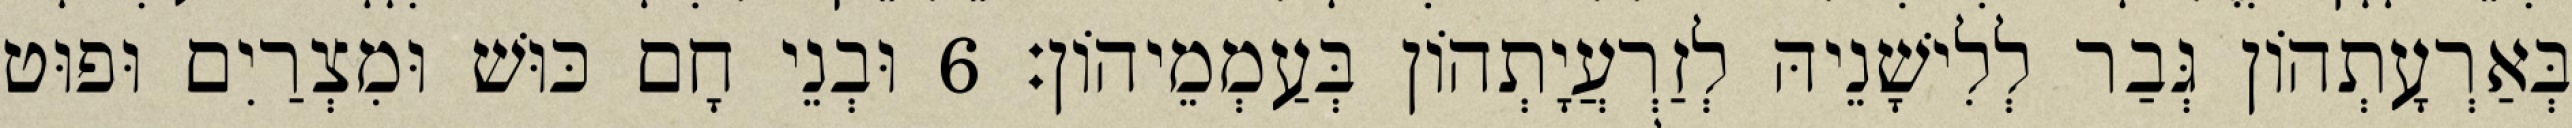
בְּאַרְעָתְהוֹן גְּבַר לְלִישָׁנֵיהּ לְזַרְעֲיָתְהוֹן בְּעַמְמֵיהוֹן׃ 6 וּבְנֵי חָם כּוּשׁ וּמִצְרַיִם וּפוּט